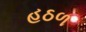
હઠળ